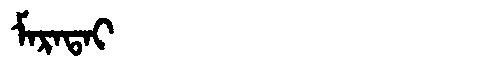
Manchu: ᠮᠠᡵᠠᡨᠠᡳ
Romanization: MARATAI